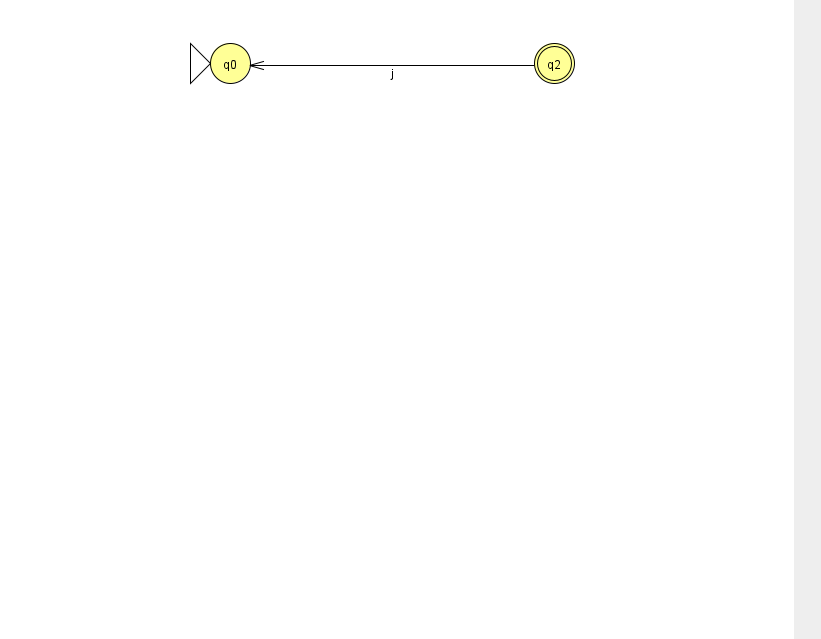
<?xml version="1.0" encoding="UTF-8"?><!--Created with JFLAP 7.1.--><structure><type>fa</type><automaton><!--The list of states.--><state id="0" name="q0"><x>230.0</x><y>50.0</y><initial/></state><state id="2" name="q2"><x>554.0</x><y>50.0</y><final/></state><!--The list of transitions.--><transition><from>2</from><to>0</to><read>j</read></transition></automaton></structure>